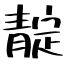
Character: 靛